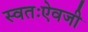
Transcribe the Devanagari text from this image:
स्वतःऐवजी